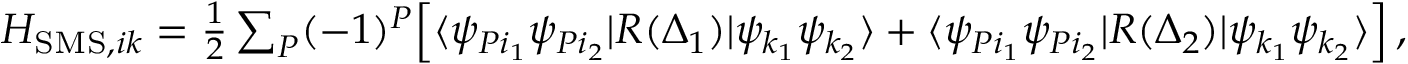
\begin{array} { r } { H _ { \mathrm { S M S } , i k } = \frac { 1 } { 2 } \sum _ { P } ( - 1 ) ^ { P } \Big [ \langle \psi _ { P i _ { 1 } } \psi _ { P i _ { 2 } } | R ( \Delta _ { 1 } ) | \psi _ { k _ { 1 } } \psi _ { k _ { 2 } } \rangle + \langle \psi _ { P i _ { 1 } } \psi _ { P i _ { 2 } } | R ( \Delta _ { 2 } ) | \psi _ { k _ { 1 } } \psi _ { k _ { 2 } } \rangle \Big ] \, , } \end{array}